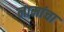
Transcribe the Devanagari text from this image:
नामांचा